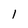
Character: 1